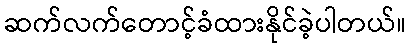
ဆက်လက်တောင့်ခံထားနိုင်ခဲ့ပါတယ်။